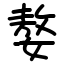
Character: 嫯